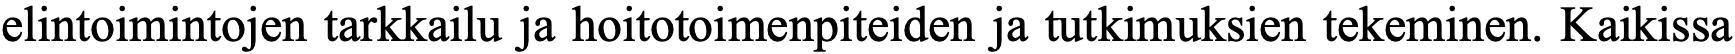
elintoimintojen tarkkailu ja hoitotoimenpiteiden ja tutkimuksien tekeminen. Kaikissa